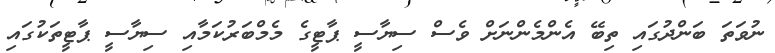
ނުވަތަ ބަންދުގައި ތިބޭ އެންމެންނަށް ވެސް ސިޔާސީ ޕާޓީގެ މެމްބަރުކަމާއި ސިޔާސީ ޕާޓީތަކުގައި